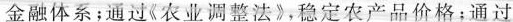
金融体系；通过《农业调整法》，稳定农产品价格；通过